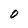
Character: O